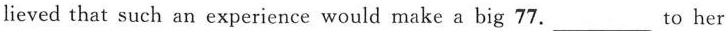
lieved that such an experience would make a big 77.___To her